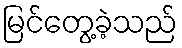
မြင်တွေ့ခဲ့သည်